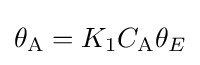
\theta _{\mathrm {A} }=K_{1}C_{\mathrm {A} }\theta _{E}